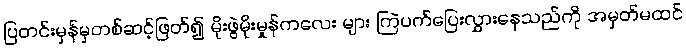
ပြတင်းမှန်မှတစ်ဆင့်ဖြတ်၍ မိုးဖွဲမိုးမှုန်ကလေး များ ကြဲပက်ပြေးလွှားနေသည်ကို အမှတ်မထင်